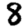
Digit: 8